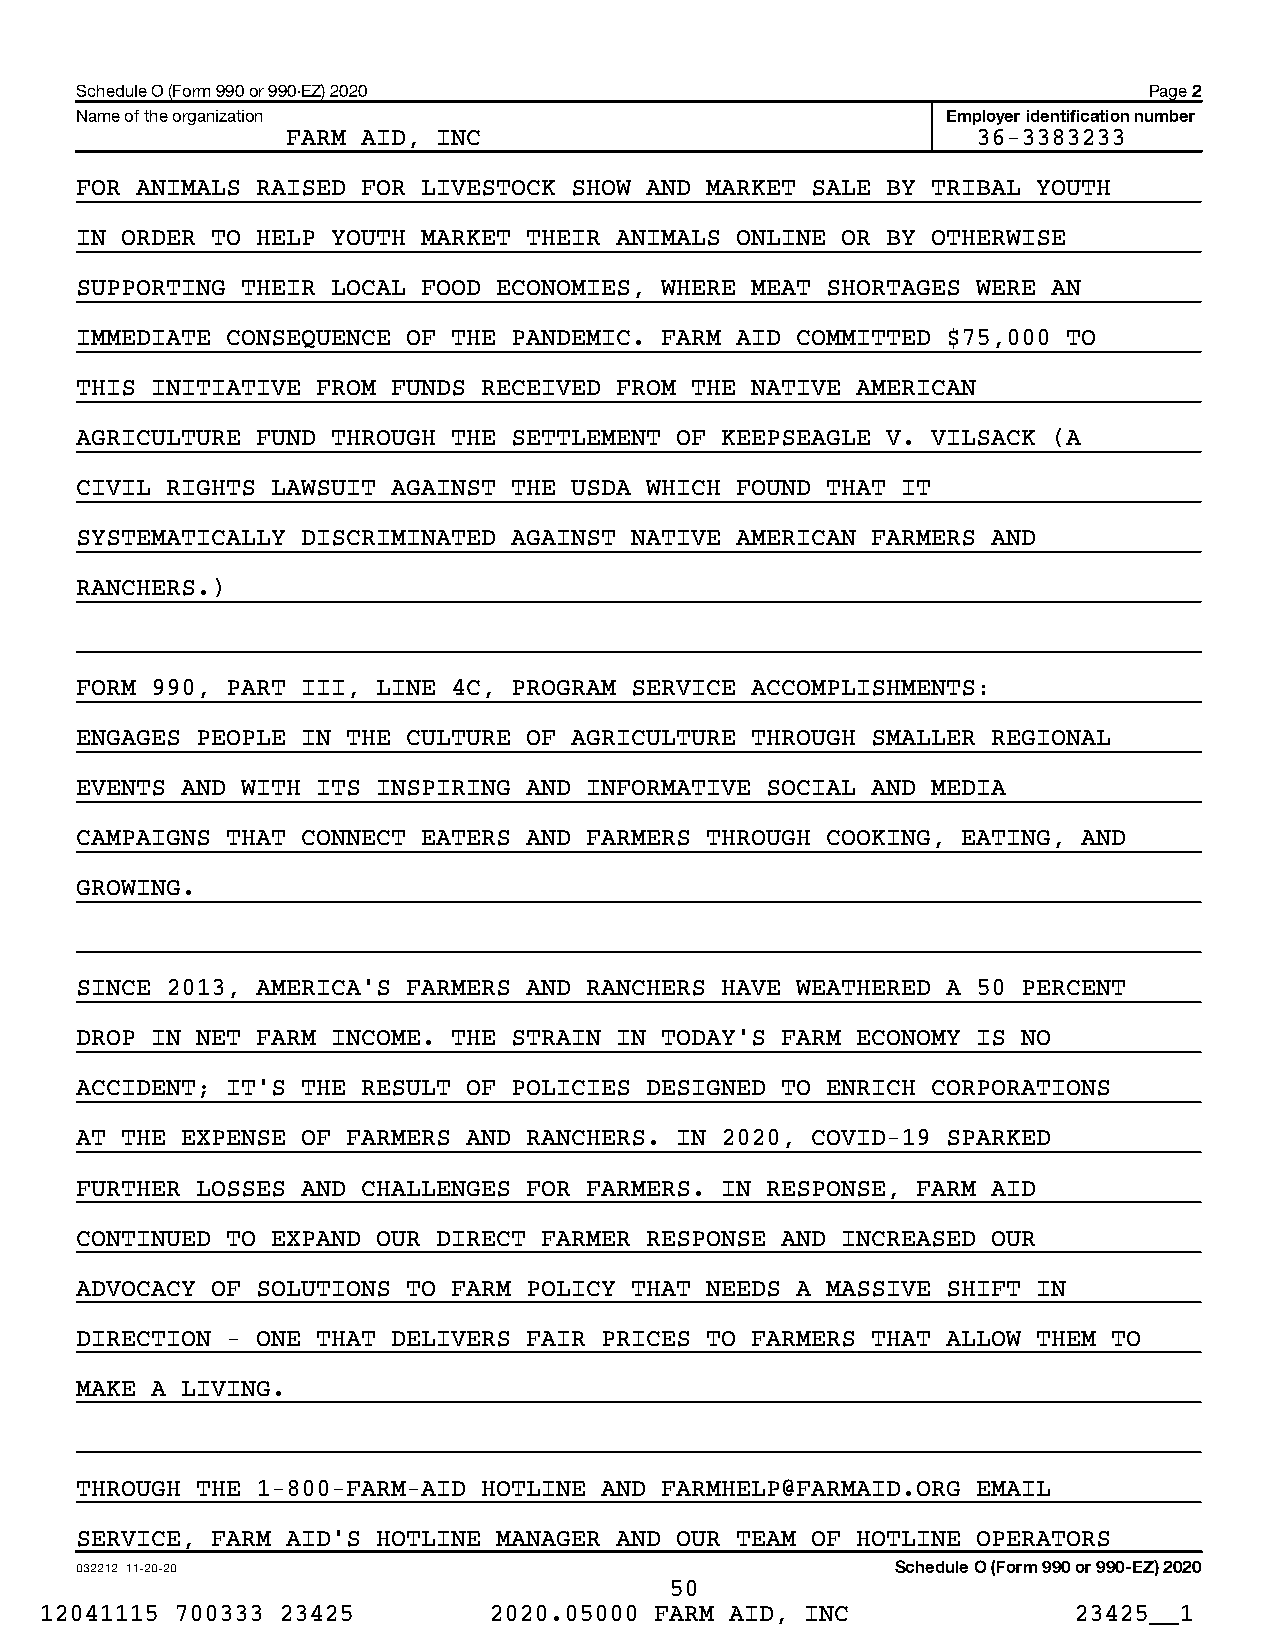
Schedule O (Form 990 or 990-EZ) 2020                                   Page 2
 Name of the organization                                  Employer identification number
 FARM AID, INC                                 36-3383233
 FOR ANIMALS RAISED FOR LIVESTOCK SHOW AND MARKET SALE BY TRIBAL YOUTH
 IN ORDER TO HELP YOUTH MARKET THEIR ANIMALS ONLINE OR BY OTHERWISE
 SUPPORTING THEIR LOCAL FOOD ECONOMIES, WHERE MEAT SHORTAGES WERE AN
 IMMEDIATE CONSEQUENCE OF THE PANDEMIC. FARM AID COMMITTED $75,000 TO
 THIS INITIATIVE FROM FUNDS RECEIVED FROM THE NATIVE AMERICAN
 AGRICULTURE FUND THROUGH THE SETTLEMENT OF KEEPSEAGLE V. VILSACK (A
 CIVIL RIGHTS LAWSUIT AGAINST THE USDA WHICH FOUND THAT IT
 SYSTEMATICALLY DISCRIMINATED AGAINST NATIVE AMERICAN FARMERS AND
 RANCHERS.)
 FORM 990, PART III, LINE 4C, PROGRAM SERVICE ACCOMPLISHMENTS:
 ENGAGES PEOPLE IN THE CULTURE OF AGRICULTURE THROUGH SMALLER REGIONAL
 EVENTS AND WITH ITS INSPIRING AND INFORMATIVE SOCIAL AND MEDIA
 CAMPAIGNS THAT CONNECT EATERS AND FARMERS THROUGH COOKING, EATING, AND
 GROWING.
 SINCE 2013, AMERICA’S FARMERS AND RANCHERS HAVE WEATHERED A 50 PERCENT
 DROP IN NET FARM INCOME. THE STRAIN IN TODAY’S FARM ECONOMY IS NO
 ACCIDENT; IT’S THE RESULT OF POLICIES DESIGNED TO ENRICH CORPORATIONS
 AT THE EXPENSE OF FARMERS AND RANCHERS. IN 2020, COVID-19 SPARKED
 FURTHER LOSSES AND CHALLENGES FOR FARMERS. IN RESPONSE, FARM AID
 CONTINUED TO EXPAND OUR DIRECT FARMER RESPONSE AND INCREASED OUR
 ADVOCACY OF SOLUTIONS TO FARM POLICY THAT NEEDS A MASSIVE SHIFT IN
 DIRECTION - ONE THAT DELIVERS FAIR PRICES TO FARMERS THAT ALLOW THEM TO
 MAKE A LIVING.
 THROUGH THE 1-800-FARM-AID HOTLINE AND FARMHELP@FARMAID.ORG EMAIL
 SERVICE, FARM AID’S HOTLINE MANAGER AND OUR TEAM OF HOTLINE OPERATORS
 032212 11-20-20                                       Schedule O (Form 990 or 990-EZ) 2020
 50
 12041115 700333 23425        2020.05000 FARM AID, INC               23425__1